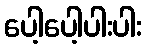
ပေါ့ပေါ့ပါးပါး